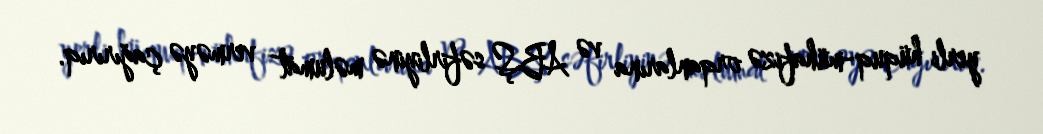
yerli hüquq-mühafizə orqanlarına və ABŞ səfirliyinə məlumat verməyə çağırırıq.